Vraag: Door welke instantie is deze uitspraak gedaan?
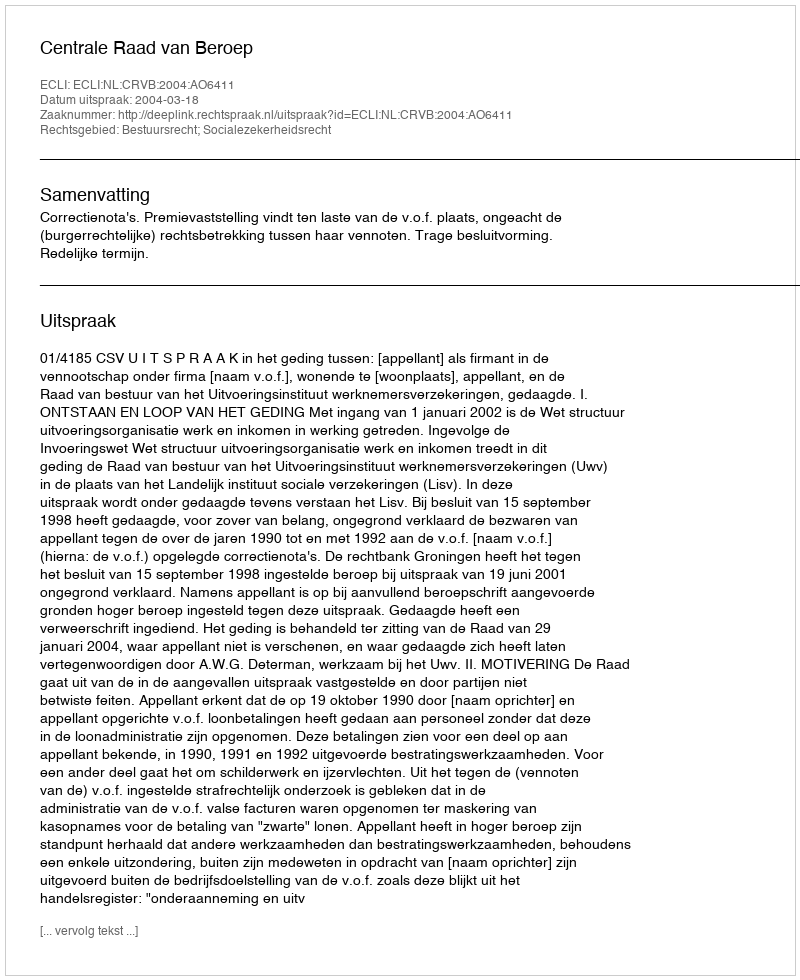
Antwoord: Centrale Raad van Beroep